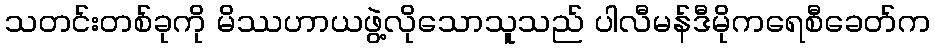
သတင်းတစ်ခုကို မိဿဟာယဖွဲ့လိုသောသူသည် ပါလီမန်ဒီမိုကရေစီခေတ်က